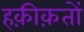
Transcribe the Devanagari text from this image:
हक़ीक़तों